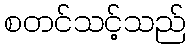
စတင်သင့်သည်